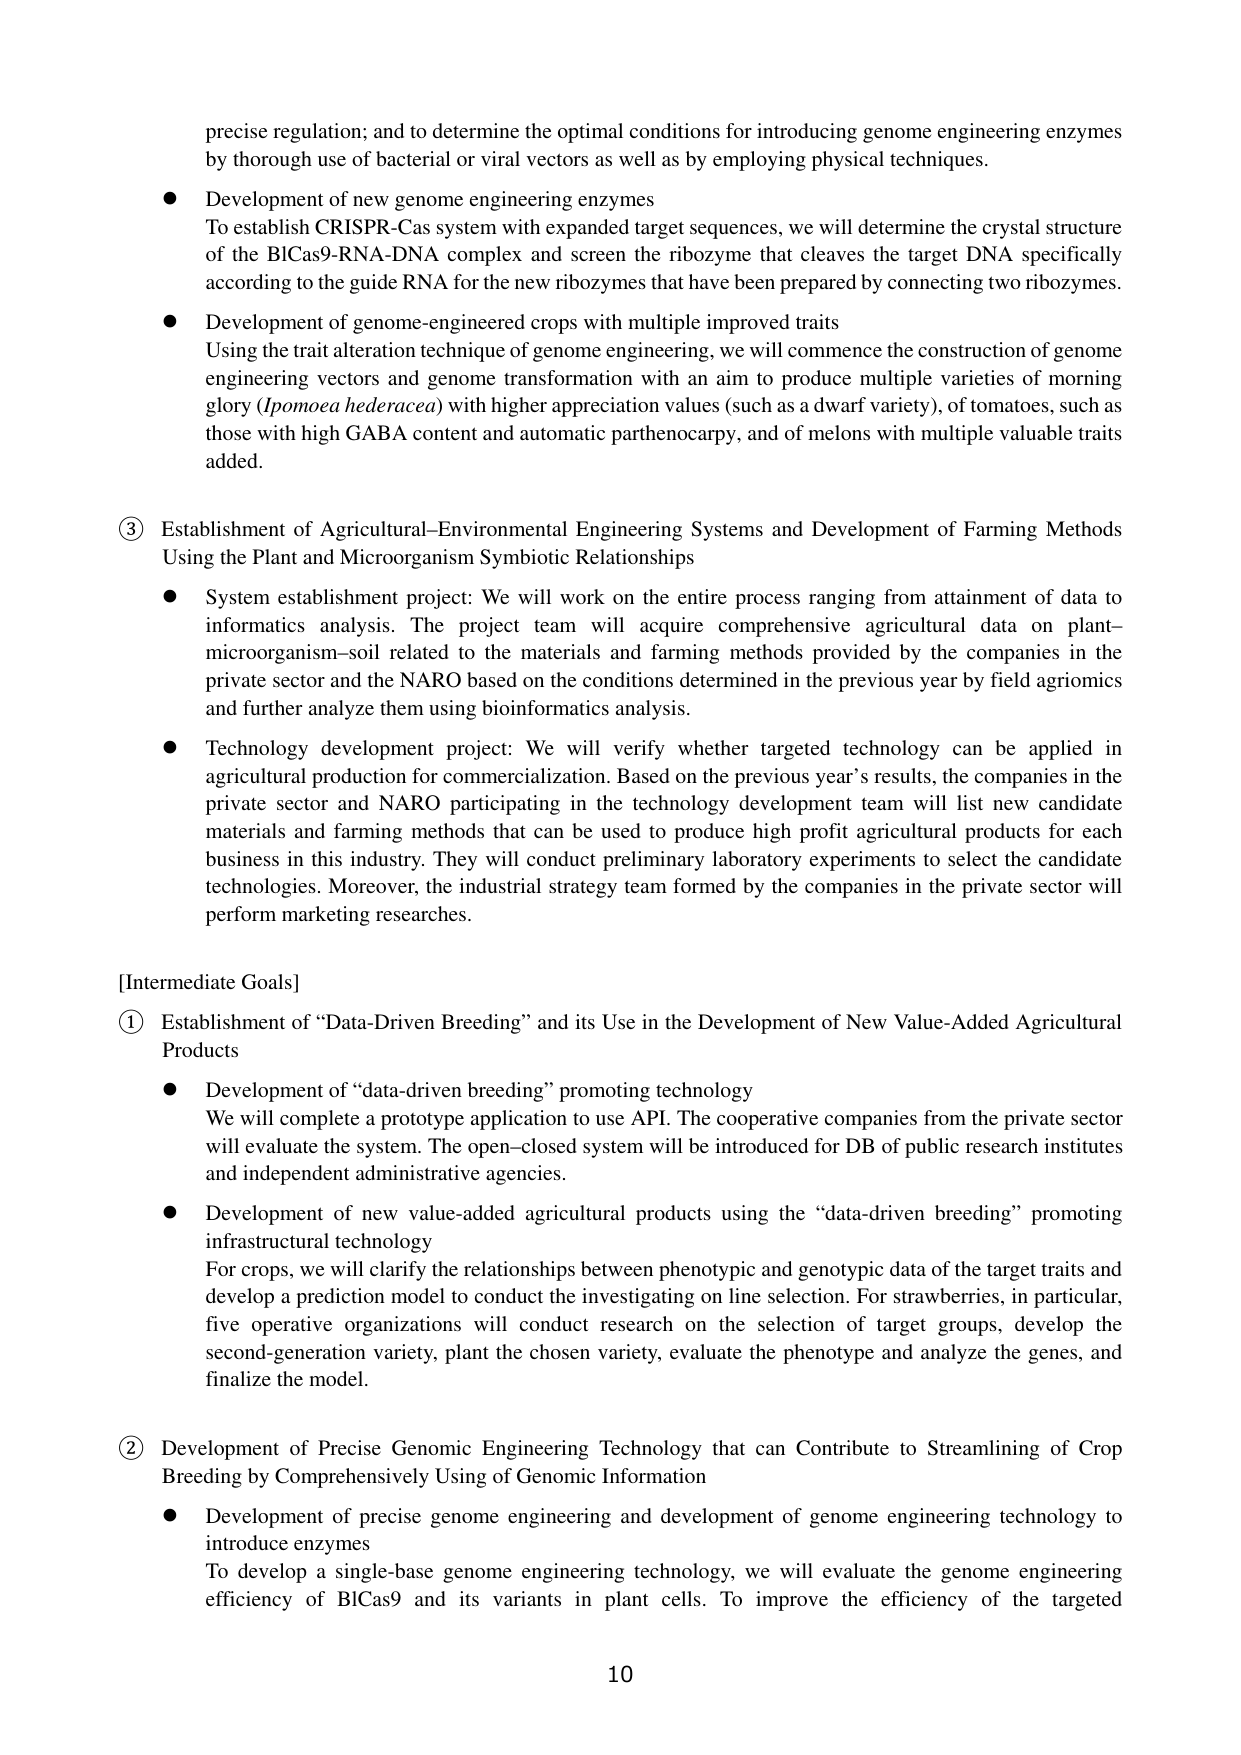
precise regulation; and to determine the optimal conditions for introducing genome engineering enzymes by thorough use of bacterial or viral vectors as well as by employing physical techniques.

● Development of new genome engineering enzymes
To establish CRISPR-Cas system with expanded target sequences, we will determine the crystal structure of the BICas9-RNA-DNA complex and screen the ribozyme that cleaves the target DNA specifically according to the guide RNA for the new ribozymes that have been prepared by connecting two ribozymes.

● Development of genome-engineered crops with multiple improved traits
Using the trait alteration technique of genome engineering, we will commence the construction of genome engineering vectors and genome transformation with an aim to produce multiple varieties of morning glory (Ipomoea hederacea) with higher appreciation values (such as a dwarf variety), of tomatoes, such as those with high GABA content and automatic parthenocarpy, and of melons with multiple valuable traits added.

③ Establishment of Agricultural-Environmental Engineering Systems and Development of Farming Methods Using the Plant and Microorganism Symbiotic Relationships

● System establishment project: We will work on the entire process ranging from attainment of data to informatics analysis. The project team will acquire comprehensive agricultural data on plant–microorganism–soil related to the materials and farming methods provided by the companies in the private sector and the NARO based on the conditions determined in the previous year by field agrionics and further analyze them using bioinformatics analysis.

● Technology development project: We will verify whether targeted technology can be applied in agricultural production for commercialization. Based on the previous year’s results, the companies in the private sector and NARO participating in the technology development team will list new candidate materials and farming methods that can be used to produce high profit agricultural products for each business in this industry. They will conduct preliminary laboratory experiments to select the candidate technologies. Moreover, the industrial strategy team formed by the companies in the private sector will perform marketing researches.

[Intermediate Goals]

① Establishment of “Data-Driven Breeding” and its Use in the Development of New Value-Added Agricultural Products

● Development of “data-driven breeding” promoting technology
We will complete a prototype application to use API. The cooperative companies from the private sector will evaluate the system. The open–closed system will be introduced for DB of public research institutes and independent administrative agencies.

● Development of new value-added agricultural products using the “data-driven breeding” promoting infrastructural technology
For crops, we will clarify the relationships between phenotypic and genotypic data of the target traits and develop a prediction model to conduct the investigating on line selection. For strawberries, in particular, five operative organizations will conduct research on the selection of target groups, develop the second-generation variety, plant the chosen variety, evaluate the phenotype and analyze the genes, and finalize the model.

② Development of Precise Genomic Engineering Technology that can Contribute to Streamlining of Crop Breeding by Comprehensively Using of Genomic Information

● Development of precise genome engineering and development of genome engineering technology to introduce enzymes
To develop a single-base genome engineering technology, we will evaluate the genome engineering efficiency of BICas9 and its variants in plant cells. To improve the efficiency of the targeted

10